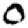
Digit: 0